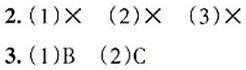
2. (1)$\times$ (2)$\times$ (3)$\times$
3. (1)B (2)C